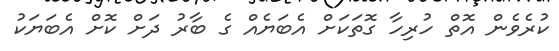
ކުރެވެން އޮތް ހުރިހާ ގޮތަކަށް އެބަޔެއް ގެ ބާރު ދަށް ކޮށް އެބަޔަކު